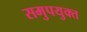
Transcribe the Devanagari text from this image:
समुपयुक्त